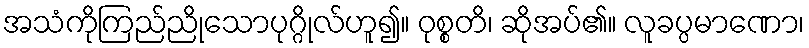
အသံကိုကြည်ညိုသောပုဂ္ဂိုလ်ဟူ၍။ ဝုစ္စတိ၊ ဆိုအပ်၏။ လူခပ္ပမာဏော၊